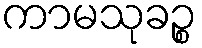
ကာမသုခဉ္စ